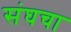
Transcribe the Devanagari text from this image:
संघचा